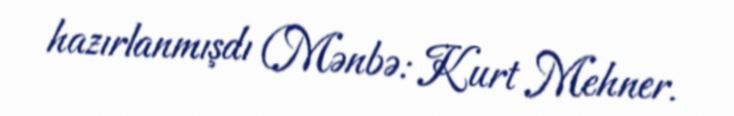
hazırlanmışdı (Mənbə: Kurt Mehner.